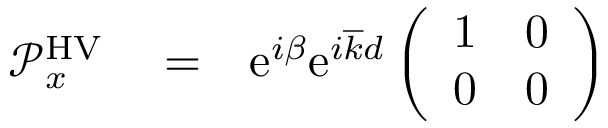
\begin{array} { r l r } { { \mathcal P } _ { x } ^ { \mathrm { H V } } } & { { } = } & { \mathrm { e } ^ { i \beta } \mathrm { e } ^ { i \overline { { k } } d } \left( \begin{array} { c c } { 1 } & { 0 } \\ { 0 } & { 0 } \end{array} \right) } \end{array}